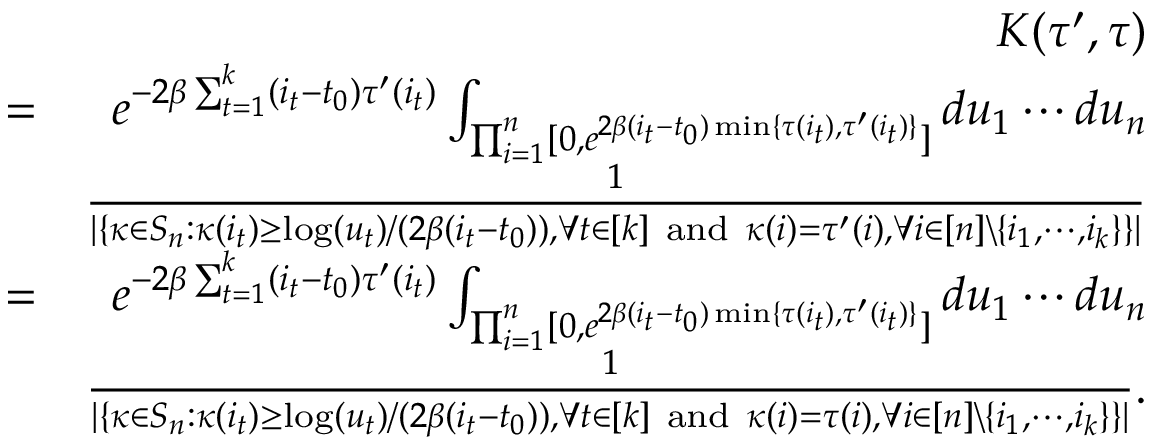
\begin{array} { r l r } & { } & { K ( \tau ^ { \prime } , \tau ) } \\ & { = } & { e ^ { - 2 \beta \sum _ { t = 1 } ^ { k } ( i _ { t } - t _ { 0 } ) \tau ^ { \prime } ( i _ { t } ) } \int _ { \prod _ { i = 1 } ^ { n } [ 0 , e ^ { 2 \beta ( i _ { t } - t _ { 0 } ) \operatorname* { m i n } \{ \tau ( i _ { t } ) , \tau ^ { \prime } ( i _ { t } ) \} } ] } d u _ { 1 } \cdots d u _ { n } } \\ & { } & { \frac { 1 } { | \{ \kappa \in S _ { n } : \kappa ( i _ { t } ) \geq \log ( u _ { t } ) \slash ( 2 \beta ( i _ { t } - t _ { 0 } ) ) , \forall t \in [ k ] \mathrm { ~ a n d ~ } \kappa ( i ) = \tau ^ { \prime } ( i ) , \forall i \in [ n ] \backslash \{ i _ { 1 } , \cdots , i _ { k } \} \} | } } \\ & { = } & { e ^ { - 2 \beta \sum _ { t = 1 } ^ { k } ( i _ { t } - t _ { 0 } ) \tau ^ { \prime } ( i _ { t } ) } \int _ { \prod _ { i = 1 } ^ { n } [ 0 , e ^ { 2 \beta ( i _ { t } - t _ { 0 } ) \operatorname* { m i n } \{ \tau ( i _ { t } ) , \tau ^ { \prime } ( i _ { t } ) \} } ] } d u _ { 1 } \cdots d u _ { n } } \\ & { } & { \frac { 1 } { | \{ \kappa \in S _ { n } : \kappa ( i _ { t } ) \geq \log ( u _ { t } ) \slash ( 2 \beta ( i _ { t } - t _ { 0 } ) ) , \forall t \in [ k ] \mathrm { ~ a n d ~ } \kappa ( i ) = \tau ( i ) , \forall i \in [ n ] \backslash \{ i _ { 1 } , \cdots , i _ { k } \} \} | } . } \end{array}